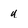
Character: u